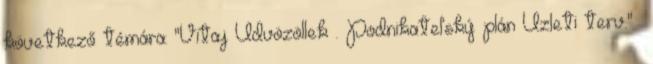
következő témára: "Vitaj Üdvözöllek . Podnikateľský plán Üzleti terv."—